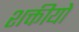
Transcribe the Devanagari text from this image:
शक्तीयों